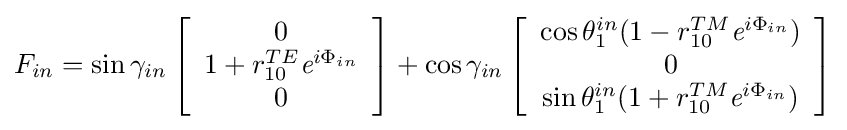
F_{in}=\sin \gamma _{in}\left[{\begin{array}{c}0\\1+r_{10}^{TE}{\textit {e}}^{i\Phi _{in}}\\0\end{array}}\right]+\cos \gamma _{in}\left[{\begin{array}{c}\cos \theta _{1}^{in}(1-r_{10}^{TM}{\textit {e}}^{i\Phi _{in}})\\0\\\sin \theta _{1}^{in}(1+r_{10}^{TM}{\textit {e}}^{i\Phi _{in}})\end{array}}\right]